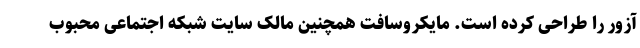
آزور را طراحی کرده است. مایکروسافت همچنین مالک سایت شبکه اجتماعی محبوب